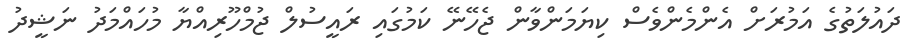
ދައުލަތުގެ އަމުރަށް އެންމެންވެސް ކިޔަމަންވާން ޖެހޭނޭ ކަމުގައި ރައީސުލް ޖުމްހޫރިއްޔާ މުހައްމަދު ނަޝީދު